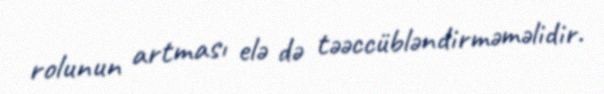
rolunun artması elə də təəccübləndirməməlidir.